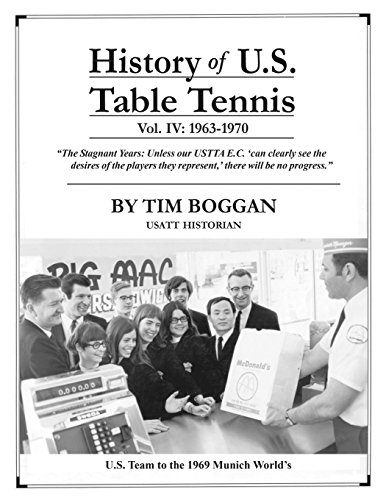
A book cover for History of U.S. Table Tennis Volume 4; Tim Boggan; Sports & Outdoors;